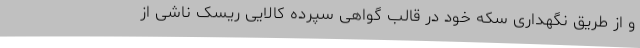
و از طریق نگهداری سکه خود در قالب گواهی سپرده کالایی ریسک ناشی از